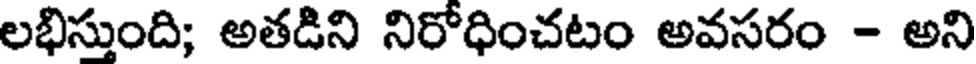
లభిస్తుంది; అతడిని నిరోధించటం అవసరం - అని